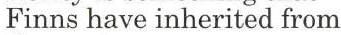
Finns have inherited from